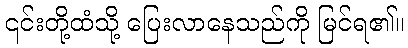
၎င်းတို့ထံသို့ ပြေးလာနေသည်ကို မြင်ရ၏။